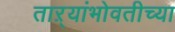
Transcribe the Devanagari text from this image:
ताऱ्यांभोवतीच्या